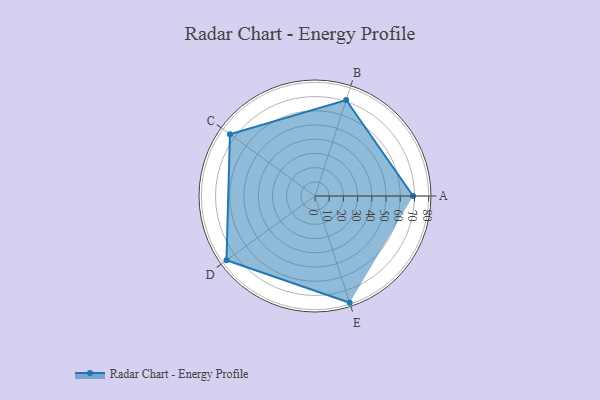
{"axis": {"x": "Skill", "y": "Score"}, "legend": ["Profile"], "data": [{"x": "A", "y": 69.0, "type": "Profile"}, {"x": "B", "y": 71.0, "type": "Profile"}, {"x": "C", "y": 74.0, "type": "Profile"}, {"x": "D", "y": 77.0, "type": "Profile"}, {"x": "E", "y": 79.0, "type": "Profile"}]}